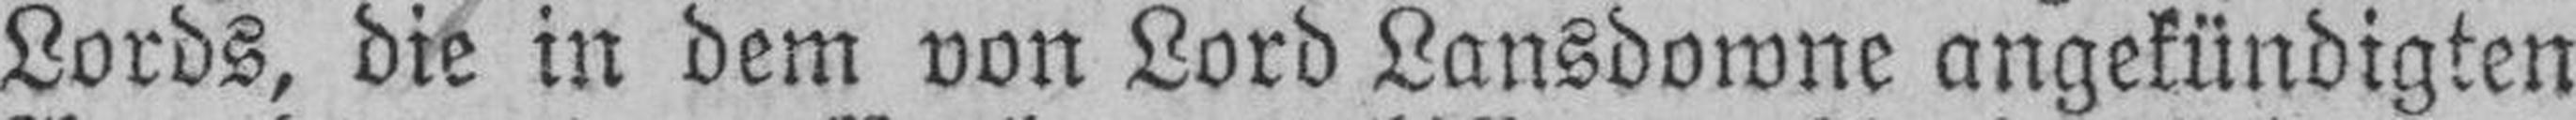
Lords, die in dem von Lord Lansdowne angekündigten